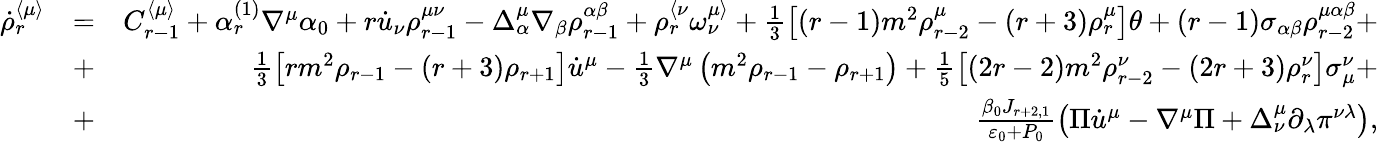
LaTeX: \begin{array}{rlr}{\dot{\rho}_{r}^{\langle\mu\rangle}}&{=}&{C_{r-1}^{\langle\mu\rangle}+\alpha_{r}^{(1)}\nabla^{\mu}\alpha_{0}+r\dot{u}_{\nu}\rho_{r-1}^{\mu\nu}-\Delta_{\alpha}^{\mu}\nabla_{\beta}\rho_{r-1}^{\alpha\beta}+\rho_{r}^{\langle\nu}\omega^{\mu\rangle}_{\nu}+\frac{1}{3}\left[(r-1)m^{2}\rho_{r-2}^{\mu}-(r+3)\rho_{r}^{\mu}\right]\theta+(r-1)\sigma_{\alpha\beta}\rho_{r-2}^{\mu\alpha\beta}+}\\ &{+}&{\frac{1}{3}\left[rm^{2}\rho_{r-1}-(r+3)\rho_{r+1}\right]\dot{u}^{\mu}-\frac{1}{3}\nabla^{\mu}\left(m^{2}\rho_{r-1}-\rho_{r+1}\right)+\frac{1}{5}\left[(2r-2)m^{2}\rho_{r-2}^{\nu}-(2r+3)\rho_{r}^{\nu}\right]\sigma_{\mu}^{\nu}+}\\ &{+}&{\frac{\beta_{0}J_{r+2,1}}{\varepsilon_{0}+P_{0}}\left(\Pi\dot{u}^{\mu}-\nabla^{\mu}\Pi+\Delta_{\nu}^{\mu}\partial_{\lambda}\pi^{\nu\lambda}\right),}\end{array}